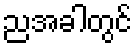
ညအခါတွင်